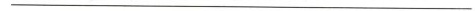
___